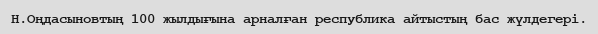
Н.Оңдасыновтың 100 жылдығына арналған республика айтыстың бас жүлдегері.